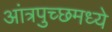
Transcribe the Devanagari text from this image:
आंत्रपुच्छमध्ये